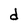
Character: d